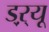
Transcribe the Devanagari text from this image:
ड्‌ऱ्यू